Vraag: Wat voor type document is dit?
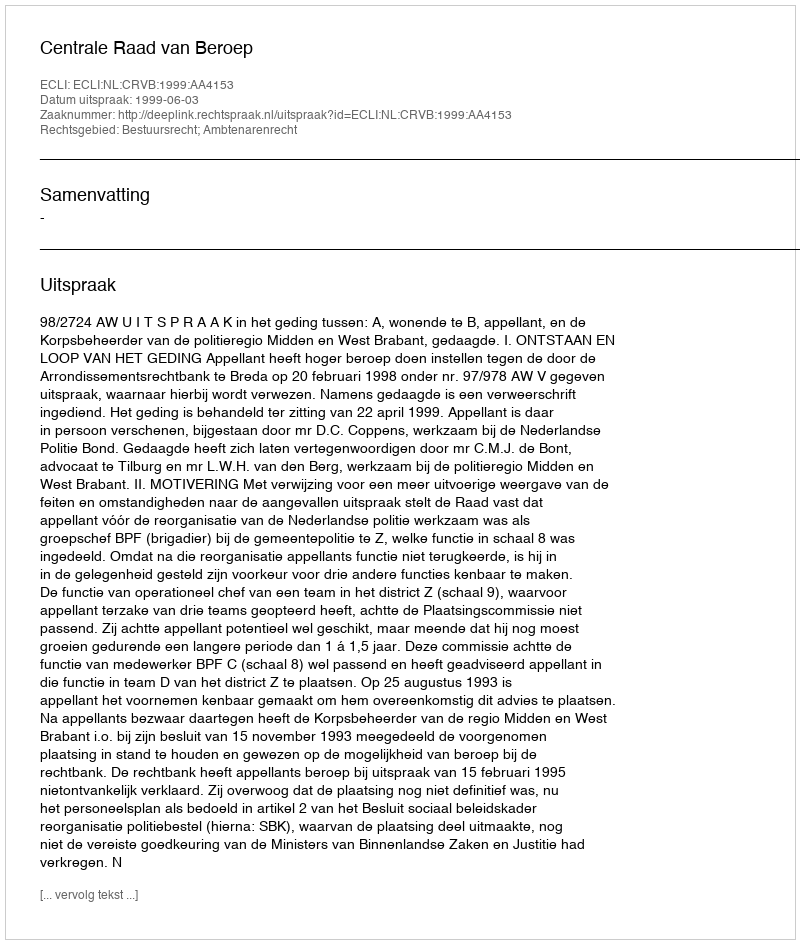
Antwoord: Uitspraak